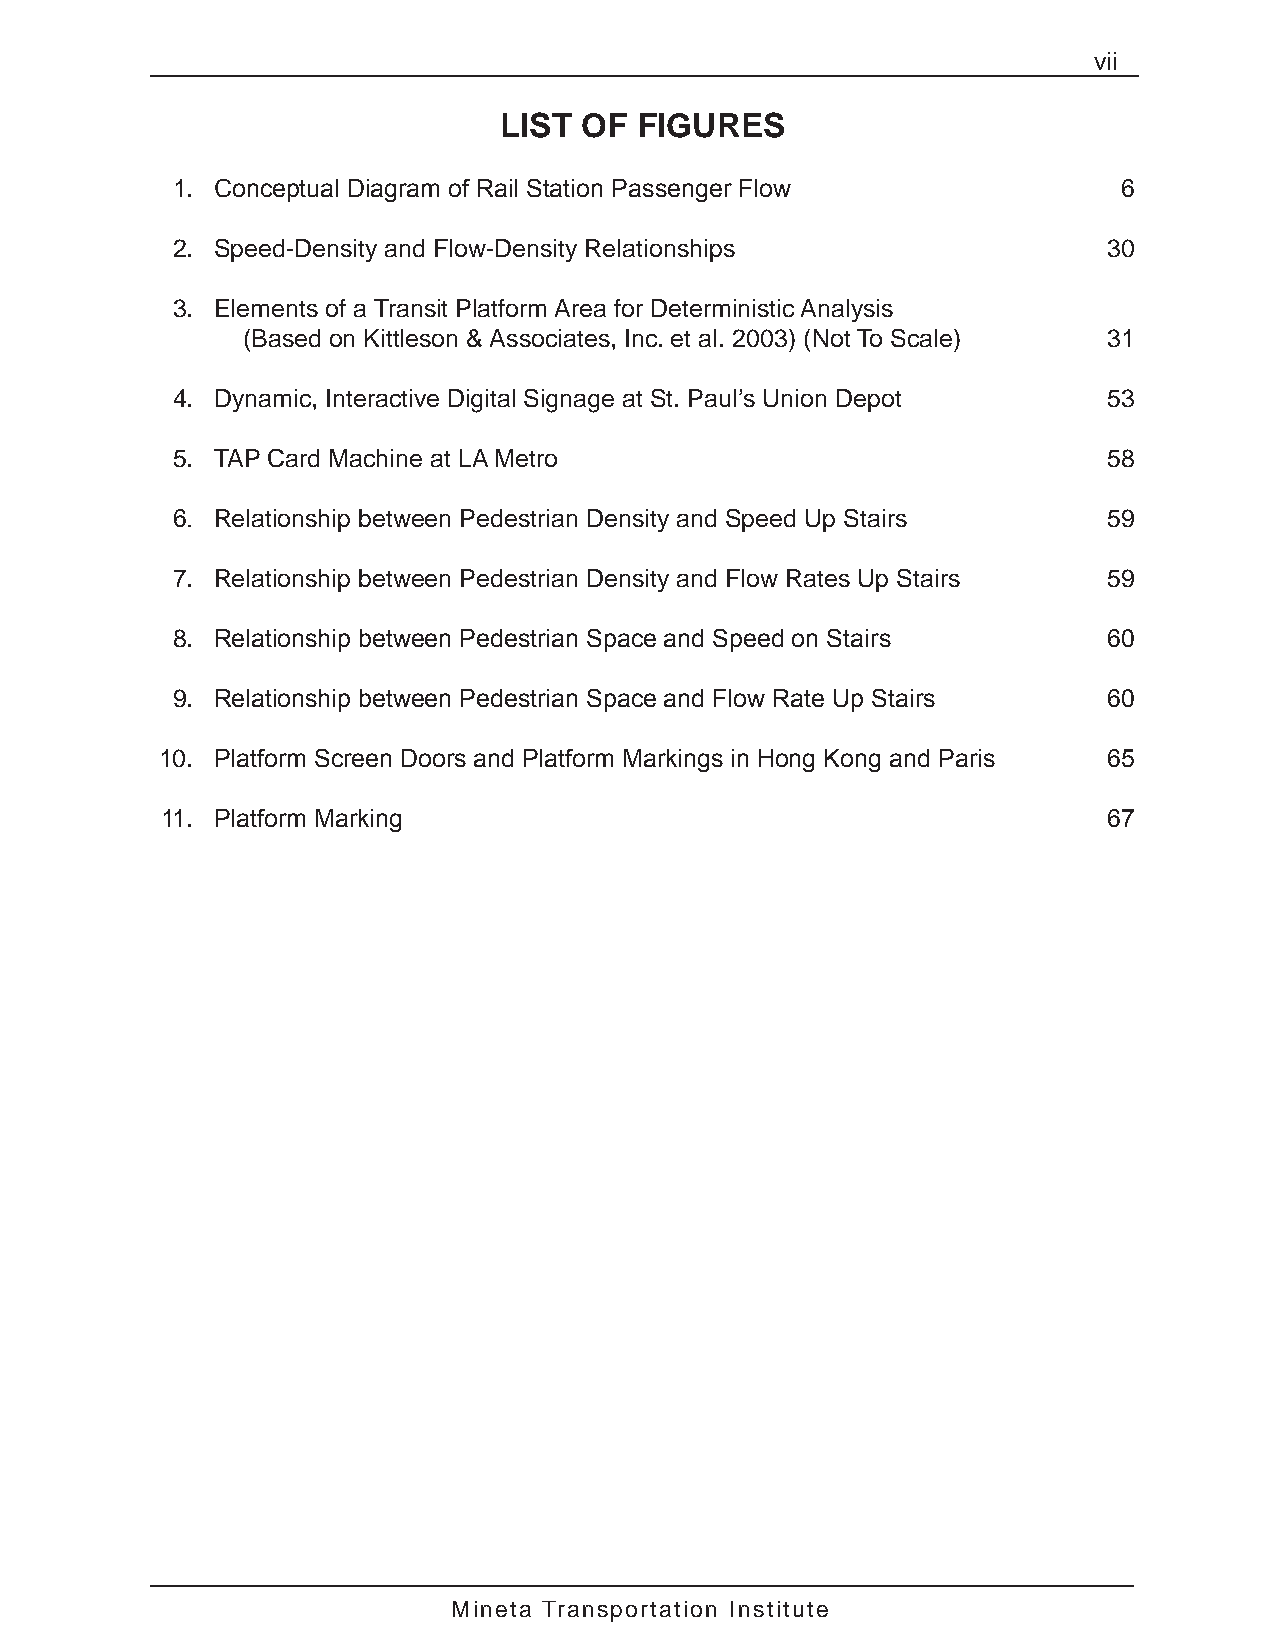
vii
 LIST OF  FIGURES
 1. Conceptual Diagram of Rail Station Passenger Flow           6
 2. Speed-Density and Flow-Density Relationships               30
 3. Elements of a Transit Platform Area for Deterministic Analysis
 (Based on Kittleson & Associates, Inc. et al. 2003) (Not To Scale) 31
 4. Dynamic, Interactive Digital Signage at St. Paul’s Union Depot 53
 5. TAP Card Machine at LA Metro                               58
 6. Relationship between Pedestrian Density and Speed Up Stairs 59
 7. Relationship between Pedestrian Density and Flow Rates Up Stairs 59
 8. Relationship between Pedestrian Space and Speed on Stairs  60
 9. Relationship between Pedestrian Space and Flow Rate Up Stairs 60
 10. Platform Screen Doors and Platform Markings in Hong Kong and Paris 65
 11. Platform Marking                                          67
 Mineta Transportation Institute